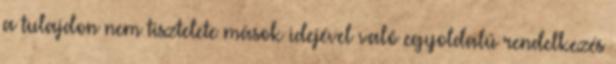
a tulajdon nem tisztelete mások idejével való egyoldalú rendelkezés